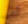
قف